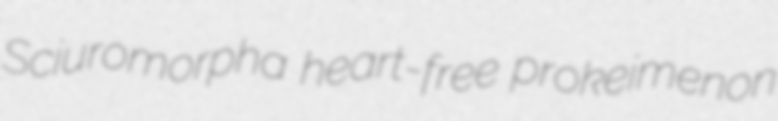
Sciuromorpha heart-free prokeimenon